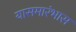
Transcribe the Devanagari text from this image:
यासमारंभास